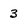
Character: 3